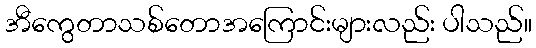
အီကွေတာသစ်တောအကြောင်းများလည်း ပါသည်။